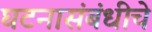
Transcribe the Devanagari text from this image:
घटनासंबंधीचे